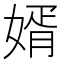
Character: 婿